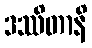
ဒဿိတာနိ